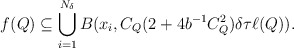
\begin{align*} f(Q) \subseteq \bigcup_{i=1}^{N_\delta} B(x_i, C_Q(2 + 4b^{-1} C_Q^2)\delta \tau \ell(Q) ). \end{align*}